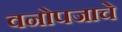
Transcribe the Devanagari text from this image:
वनोपजाचे